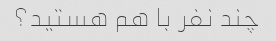
چند نفر با هم هستید؟